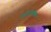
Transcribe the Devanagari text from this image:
इर्गोनोमिक